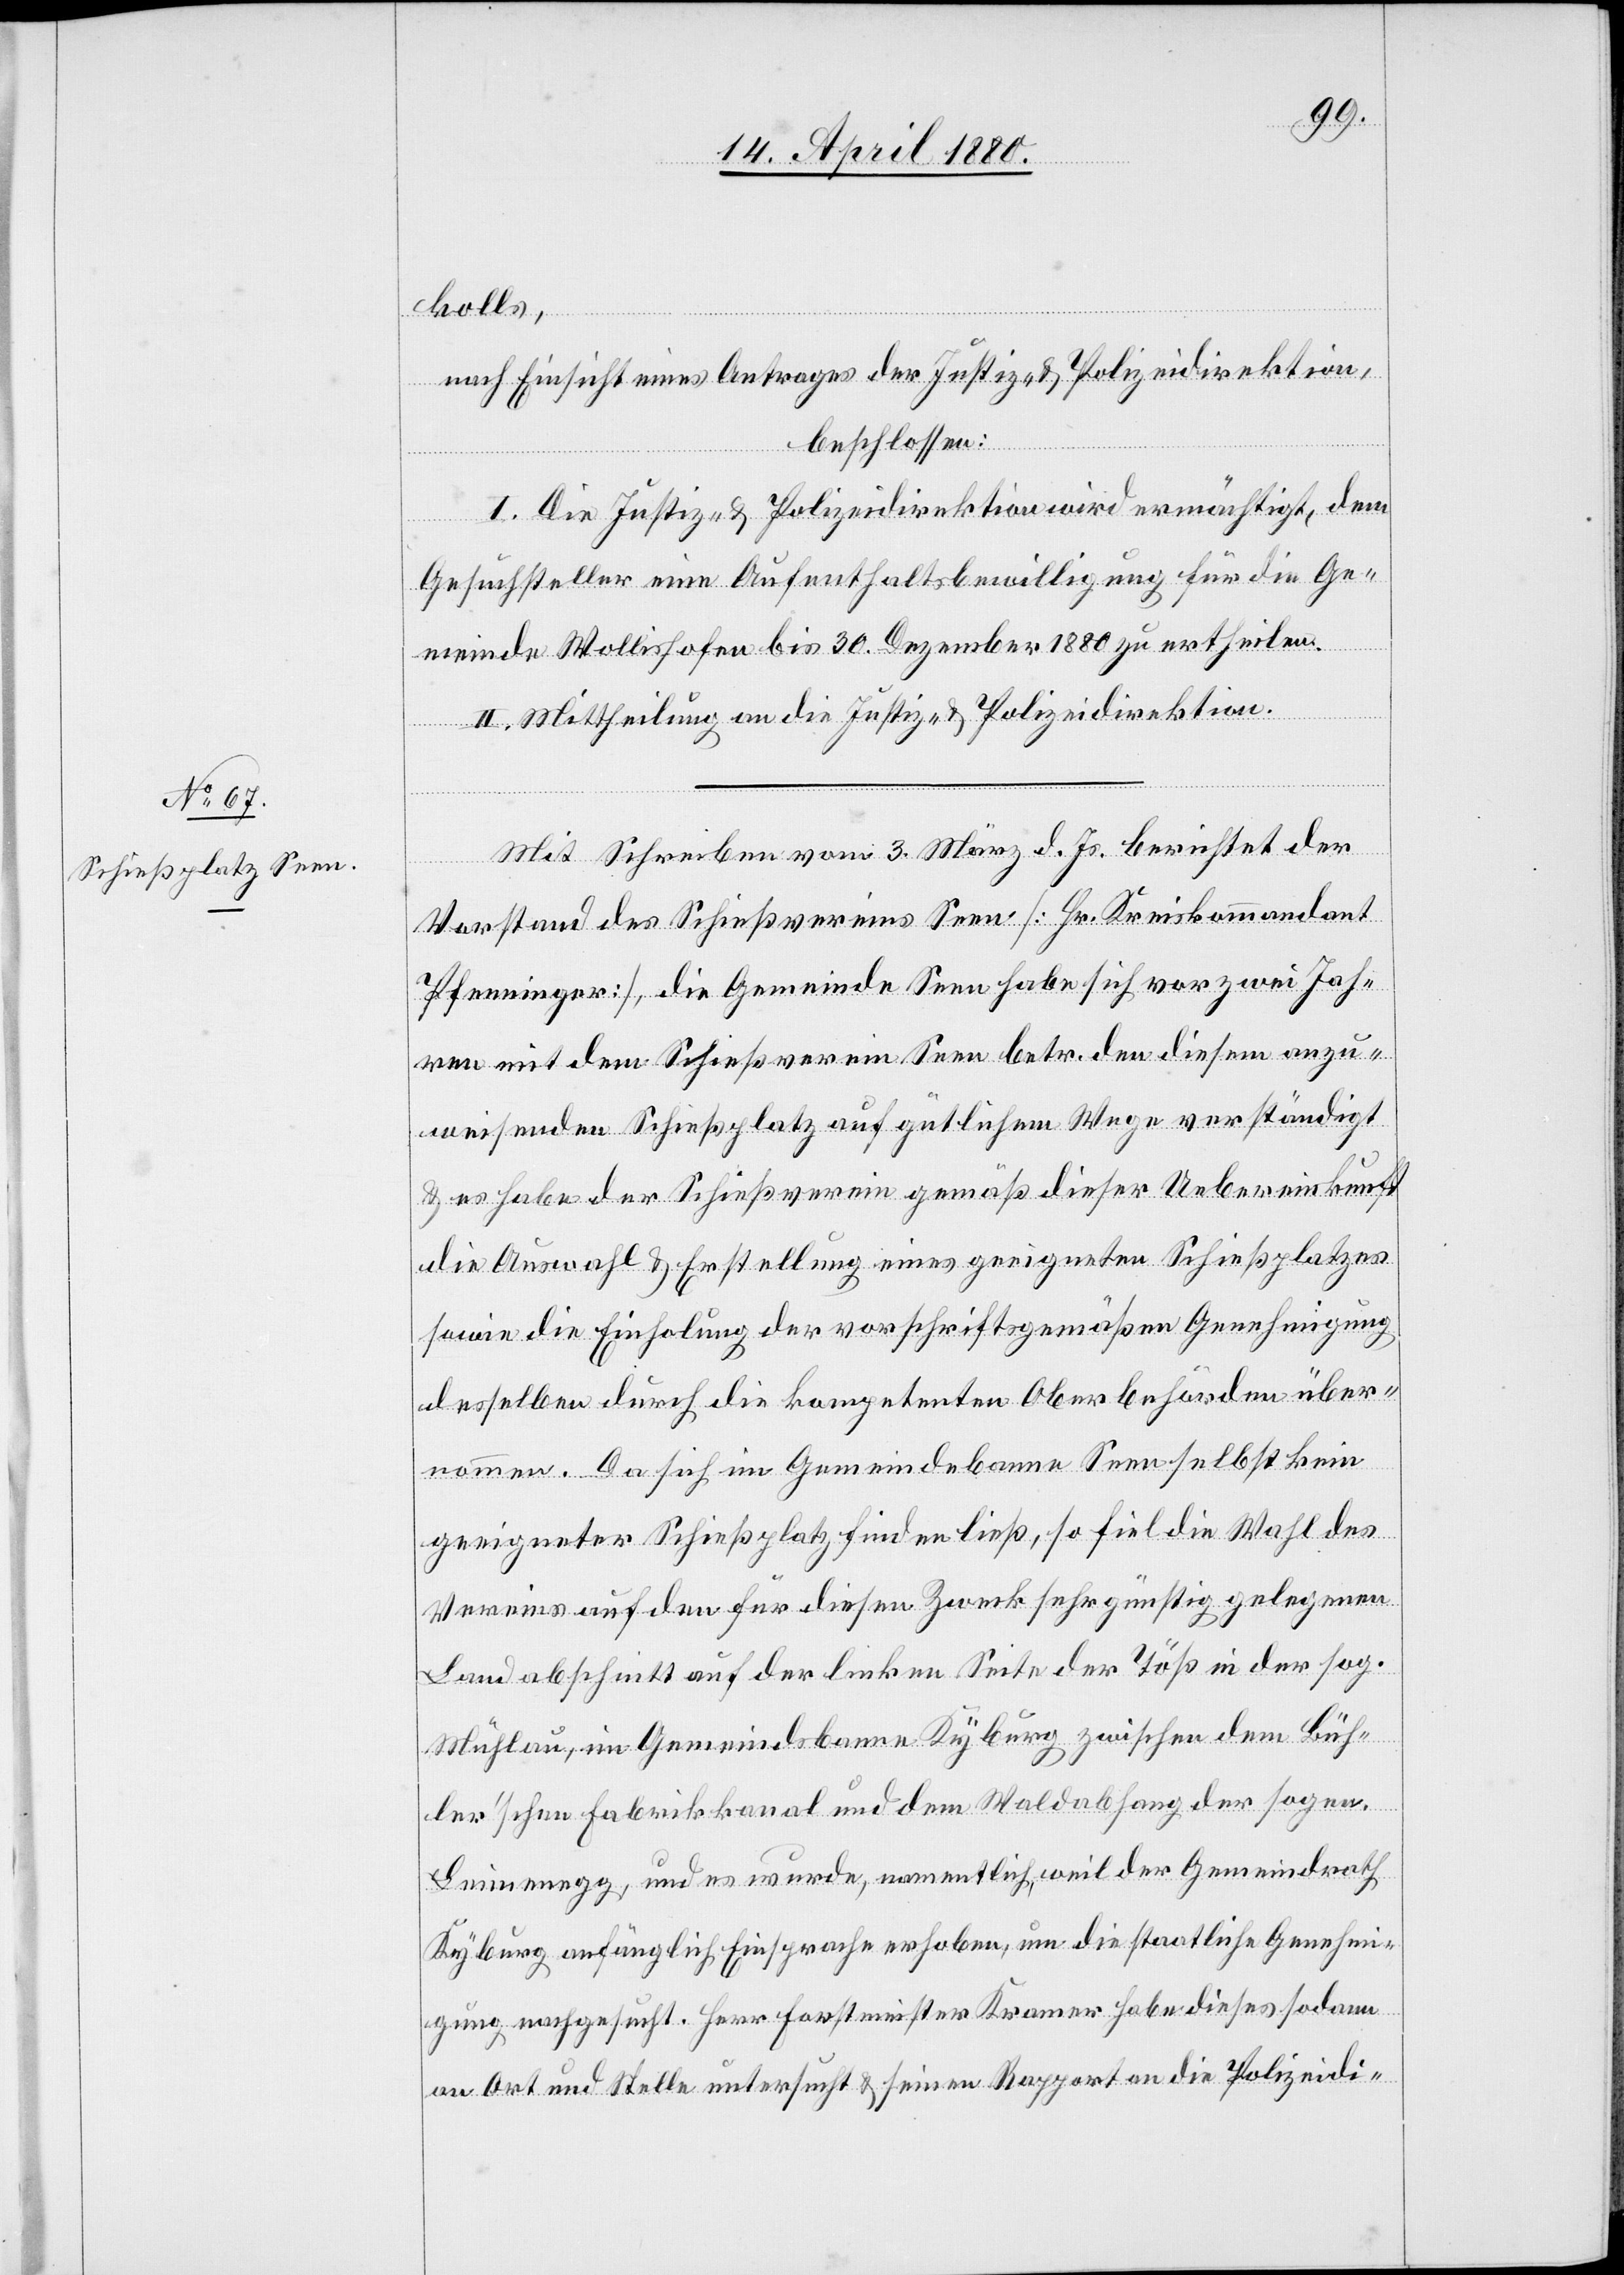
kolls,
nach Einsicht eines Antrages der Justiz- & Polizeidirektion,
beschlossen:
I. Die Justiz- & Polizeidirektion wird ermächtigt, dem
Gesuchsteller eine Aufenthaltsbewilligung für die Ge¬
meinde Wollishofen bis 30. Dezember 1880 zu ertheilen.
II. Mittheilung an die Justiz- & Polizeidirektion.
Mit Schreiben vom 3. März d. Js. berichtet der
Vorstand des Schießvereins Seen [Hr. Kreiskommandant
Pfenninger], die Gemeinde Seen habe sich vor zwei Jah¬
ren mit dem Schießverein Seen betr. den diesem anzu¬
weisenden Schießplatz auf gütlichem Wege verständigt
& es habe der Schießverein gemäß dieser Uebereinkunft
die Auswahl & Erstellung eines geeigneten Schießplatzes
sowie die Einholung der vorschiftsgemäßen Genehmigung
desselben durch die kompetenten Oberbehörden über¬
nommen. Da sich im Gemeindebanne Seen selbst kein
geeigneter Schießplatz finden ließ, so fiel die Wahl des
Vereins auf den für diesen Zweck sehr günstig gelegenen
Landabschnitt auf der linken Seite der Töß in der sog.
Mühlau, im Gemeindsbanne Kyburg zwischen dem Büh¬
ler’schen Fabrikkanal und dem Waldabhang der sogen.
Leinenegg, und es wurde, namentlich weil der Gemeindrath
Kyburg anfänglich Einsprache erhoben, um die staatliche Genehmi¬
gung nachgesucht. Herr Forstmeister Kramer habe dieses sodann
an Ort und Stelle untersucht & seine Rapport an die Polizeidi-